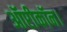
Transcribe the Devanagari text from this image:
ऑप्टीकॉन।